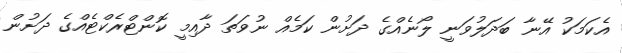
އެކަމަކު އޭނާ ބަދަލުވަނީ ލޯނެއްގެ ދަށުން ކަމެއް ނުވަަތަ ދާއިމީ ކޮންޓްރެކްޓެއްގެ ދަށުން